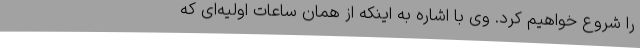
را شروع خواهیم کرد. وی با اشاره به اینکه از همان ساعات اولیه‌ای که